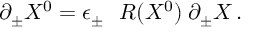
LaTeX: \partial _ { \pm } X ^ { 0 } = \epsilon _ { \pm } ~ ~ R ( X ^ { 0 } ) \; \partial _ { \pm } X \, .